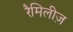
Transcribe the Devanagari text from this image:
रैमिलीज़